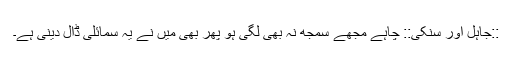
::جاہل اور سنکی:: چاہے مجھے سمجھ نہ بھی لگی ہو پھر بھی میں نے یہ سمائلی ڈال دینی ہے۔